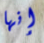
إنها